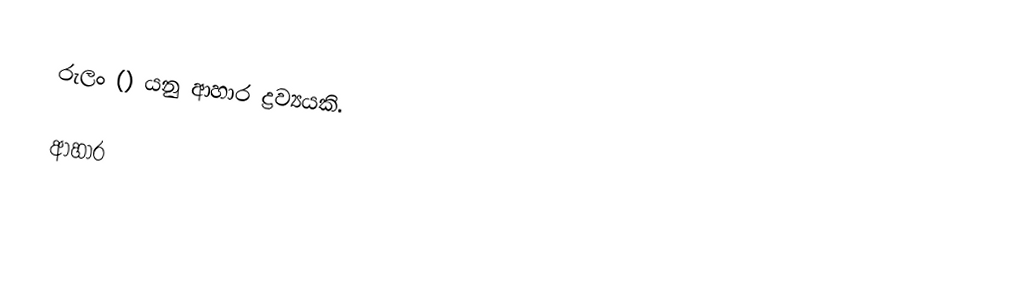
රුලං () යනු ආහාර ද්‍රව්‍යයකි.

ආහාර